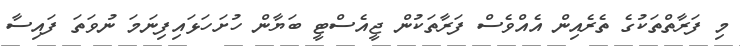
މި ފަރާތްތަކުގެ ތެރެއިން އެއްވެސް ފަރާތަކުން ޖީއެސްޓީ ބަޔާން ހުށަހަޅައިފިނަމަ ނުވަތަ ފައިސާ